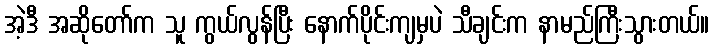
အဲ့ဒီ အဆိုတော်က သူ ကွယ်လွန်ပြီး နောက်ပိုင်းကျမှပဲ သီချင်းက နာမည်ကြီးသွားတယ်။